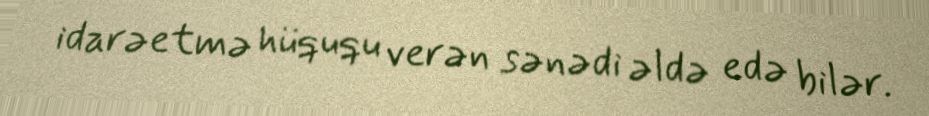
idarəetmə hüququ verən sənədi əldə edə bilər.